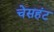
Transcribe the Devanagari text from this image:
चेसहंट